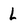
Character: l